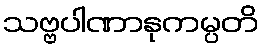
သဗ္ဗပါဏာနုကမ္ပတိ